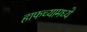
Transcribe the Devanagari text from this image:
हाफच्यामध्ये